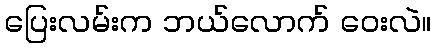
ပြေးလမ်းက ဘယ်လောက် ဝေးလဲ။